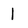
Character: 1